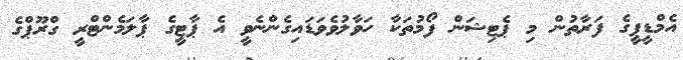
އެމްޑީޕީގެ ފަރާތުން މި ޕެޓިޝަން ފޯމުތަކާ ހަވާލުވެވަޑައިގެންނެވީ އެ ޕާޓީގެ ޕާލަމެންޓްރީ ގްރޫޕްގެ